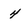
Character: 4